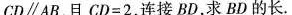
$$CD\parallelAB$$，且$$CD=2$$，连接BD，求BD的长.